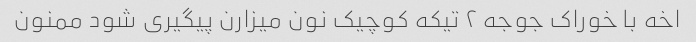
اخه با خوراک جوجه ۲ تیکه کوچیک نون میزارن پیگیری شود ممنون